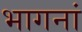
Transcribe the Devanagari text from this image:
भागनां